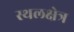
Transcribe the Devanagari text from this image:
स्थलक्षेत्र